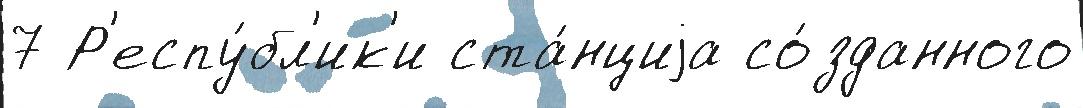
7 Р'еспу́бл'ик'и ста́нциjа со́зданного